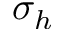
\sigma _ { h }